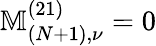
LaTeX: \mathbb{M}_{(N+1),\nu}^{(21)}=0